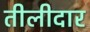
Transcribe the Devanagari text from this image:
तीलीदार